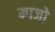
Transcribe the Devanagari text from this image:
माजो